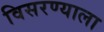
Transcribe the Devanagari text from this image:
विसरण्याला